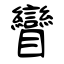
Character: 矕